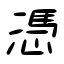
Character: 憑